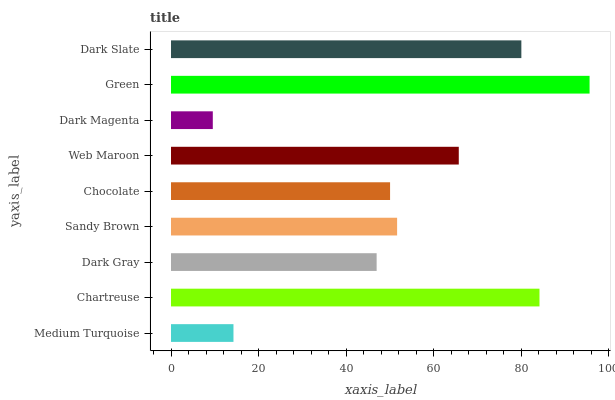
| yaxis_label | bars |
 | --- | --- |
 | Medium Turquoise | 14.3 |
 | Chartreuse | 84.1 |
 | Dark Gray | 47 |
 | Sandy Brown | 51.6 |
 | Chocolate | 50 |
 | Web Maroon | 65.7 |
 | Dark Magenta | 9.54 |
 | Green | 95.6 |
 | Dark Slate | 80 |